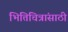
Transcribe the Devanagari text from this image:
भित्तिचित्रांसाठी